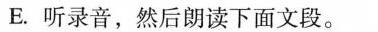
E. 听录音,然后朗读下面文段.